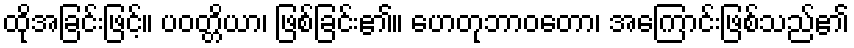
ထိုအခြင်းဖြင့်။ ပဝတ္တိယာ၊ ဖြစ်ခြင်း၏။ ဟေတုဘာဝတော၊ အကြောင်းဖြစ်သည်၏